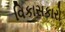
વિકાસકારો